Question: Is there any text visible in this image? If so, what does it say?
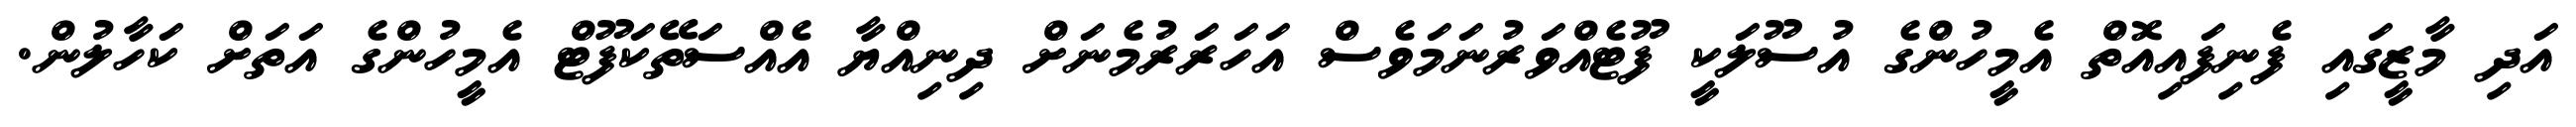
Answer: އަދި މާޒީގައި ފެނިފައިއޮތް އެމީހުންގެ އުސޫލަކީ ފޫޓެއްވަރުނަމަވެސް އަހަރަރުމެނަށް ދިނިއްޔާ އެއްސަތޭކަފޫޓް އެމީހުންގެ އަތަށް ކަހާލުން.